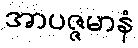
အာပဇ္ဇမာနံ